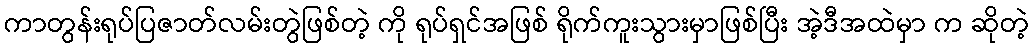
ကာတွန်းရုပ်ပြဇာတ်လမ်းတွဲဖြစ်တဲ့ ကို ရုပ်ရှင်အဖြစ် ရိုက်ကူးသွားမှာဖြစ်ပြီး အဲ့ဒီအထဲမှာ က ဆိုတဲ့